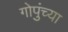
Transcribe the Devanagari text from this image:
गोपुंच्या